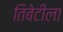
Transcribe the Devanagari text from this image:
तिबेटीला